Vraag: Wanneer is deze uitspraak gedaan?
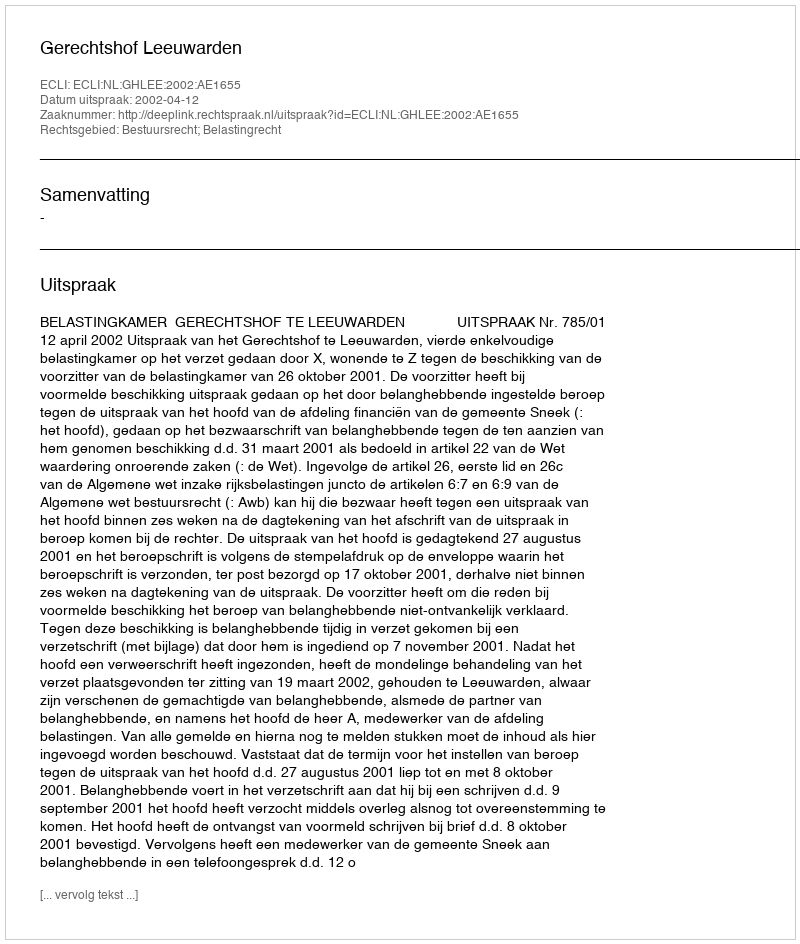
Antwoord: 2002-04-12